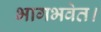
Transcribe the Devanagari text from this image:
भागभवेत।